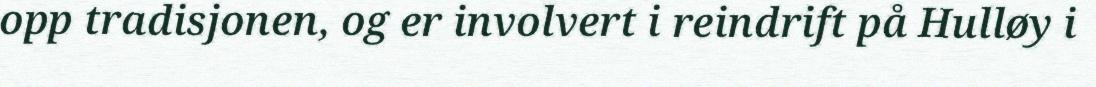
opp tradisjonen, og er involvert i reindrift på Hulløy i